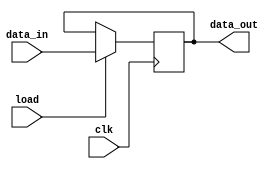
`timescale 1ns / 1ps
//////////////////////////////////////////////////////////////////////////////////
// Company: 
// Engineer: 
// 
// Design Name: 
// Module Name:    pipo 
// Project Name: 
// Target Devices: 
// Tool versions: 
// Description: 
//
// Dependencies: 
//
// Revision: 
// Revision 0.01 - File Created
// Additional Comments: 
//
//////////////////////////////////////////////////////////////////////////////////
module pipo(data_out,data_in,load,clk);
input [15:0] data_in;
input load,clk;
output reg [15:0] data_out;
always @ (posedge clk)
if(load) data_out <= data_in;
 


endmodule